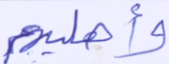
وأهليهم